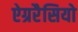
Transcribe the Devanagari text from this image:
ऐग्ररैसियो